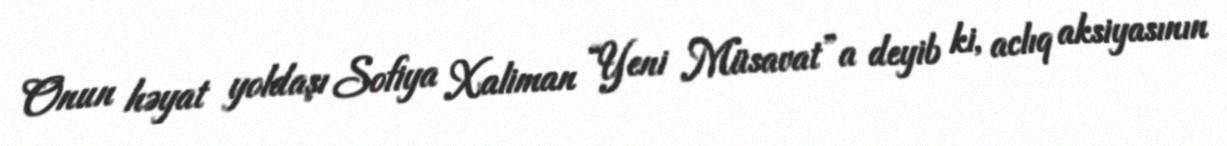
Onun həyat yoldaşı Sofiya Xaliman “Yeni Müsavat”a deyib ki, aclıq aksiyasının